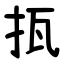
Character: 㧚